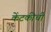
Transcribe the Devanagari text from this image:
केंटकीची